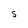
Character: S